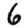
Digit: 6